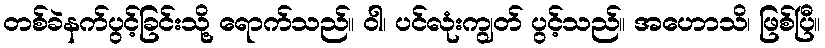
တစ်ခဲနက်ပွင့်ခြင်းသို့ ရောက်သည်။ ဝါ၊ ပင်လုံးကျွတ် ပွင့်သည်။ အဟောသိ၊ ဖြစ်ပြီ။